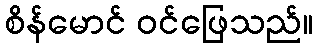
စိန်မောင် ဝင်ဖြေသည်။